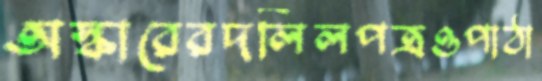
অস্কারেরদলিলপত্রওপাঠা